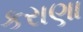
કરાણા